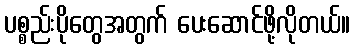
ပစ္စည်းပိုတွေအတွက် ပေးဆောင်ဖို့လိုတယ်။